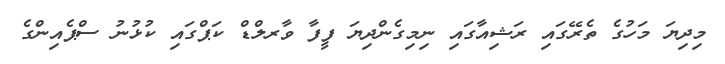
މިދިޔަ މަހުގެ ތެރޭގައި ރަޝިއާގައި ނިމިގެންދިޔަ ފީފާ ވާރލްޑް ކަޕްގައި ކުޅުނު ސްޕެއިންގެ